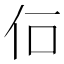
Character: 𠇅